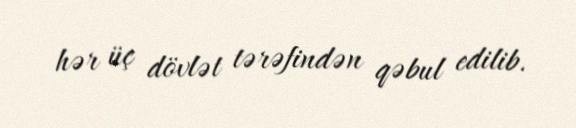
hər üç dövlət tərəfindən qəbul edilib.